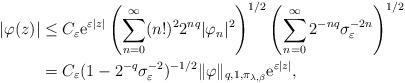
LaTeX: \begin{align*}|\varphi(z)| & \leq C_{\varepsilon}\mathrm{e}^{\varepsilon|z|}\left(\sum_{n=0}^{\infty}(n!)^{2}2^{nq}|\varphi_{n}|^{2}\right)^{1/2}\left(\sum_{n=0}^{\infty}2^{-nq}\sigma_{\varepsilon}^{-2n}\right)^{1/2} \\ & =C_{\varepsilon}(1-2^{-q}\sigma_{\varepsilon}^{-2})^{-1/2}\|\varphi\|_{q,1,\pi_{\lambda,\beta}}\mathrm{e}^{\varepsilon|z|},\end{align*}